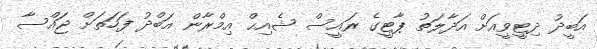
އަބީދު ދިޓީވީއަށް އަދާލަތު ޕާޓީގެ ރައީސް ޝެއިޙް އިމްރާން އަބްދު ފަހަތަށް ޖައްސާ